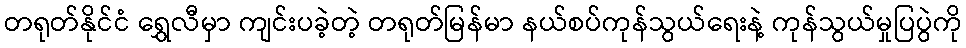
တရုတ်နိုင်ငံ ရွှေလီမှာ ကျင်းပခဲ့တဲ့ တရုတ်မြန်မာ နယ်စပ်ကုန်သွယ်ရေးနဲ့ ကုန်သွယ်မှုပြပွဲကို